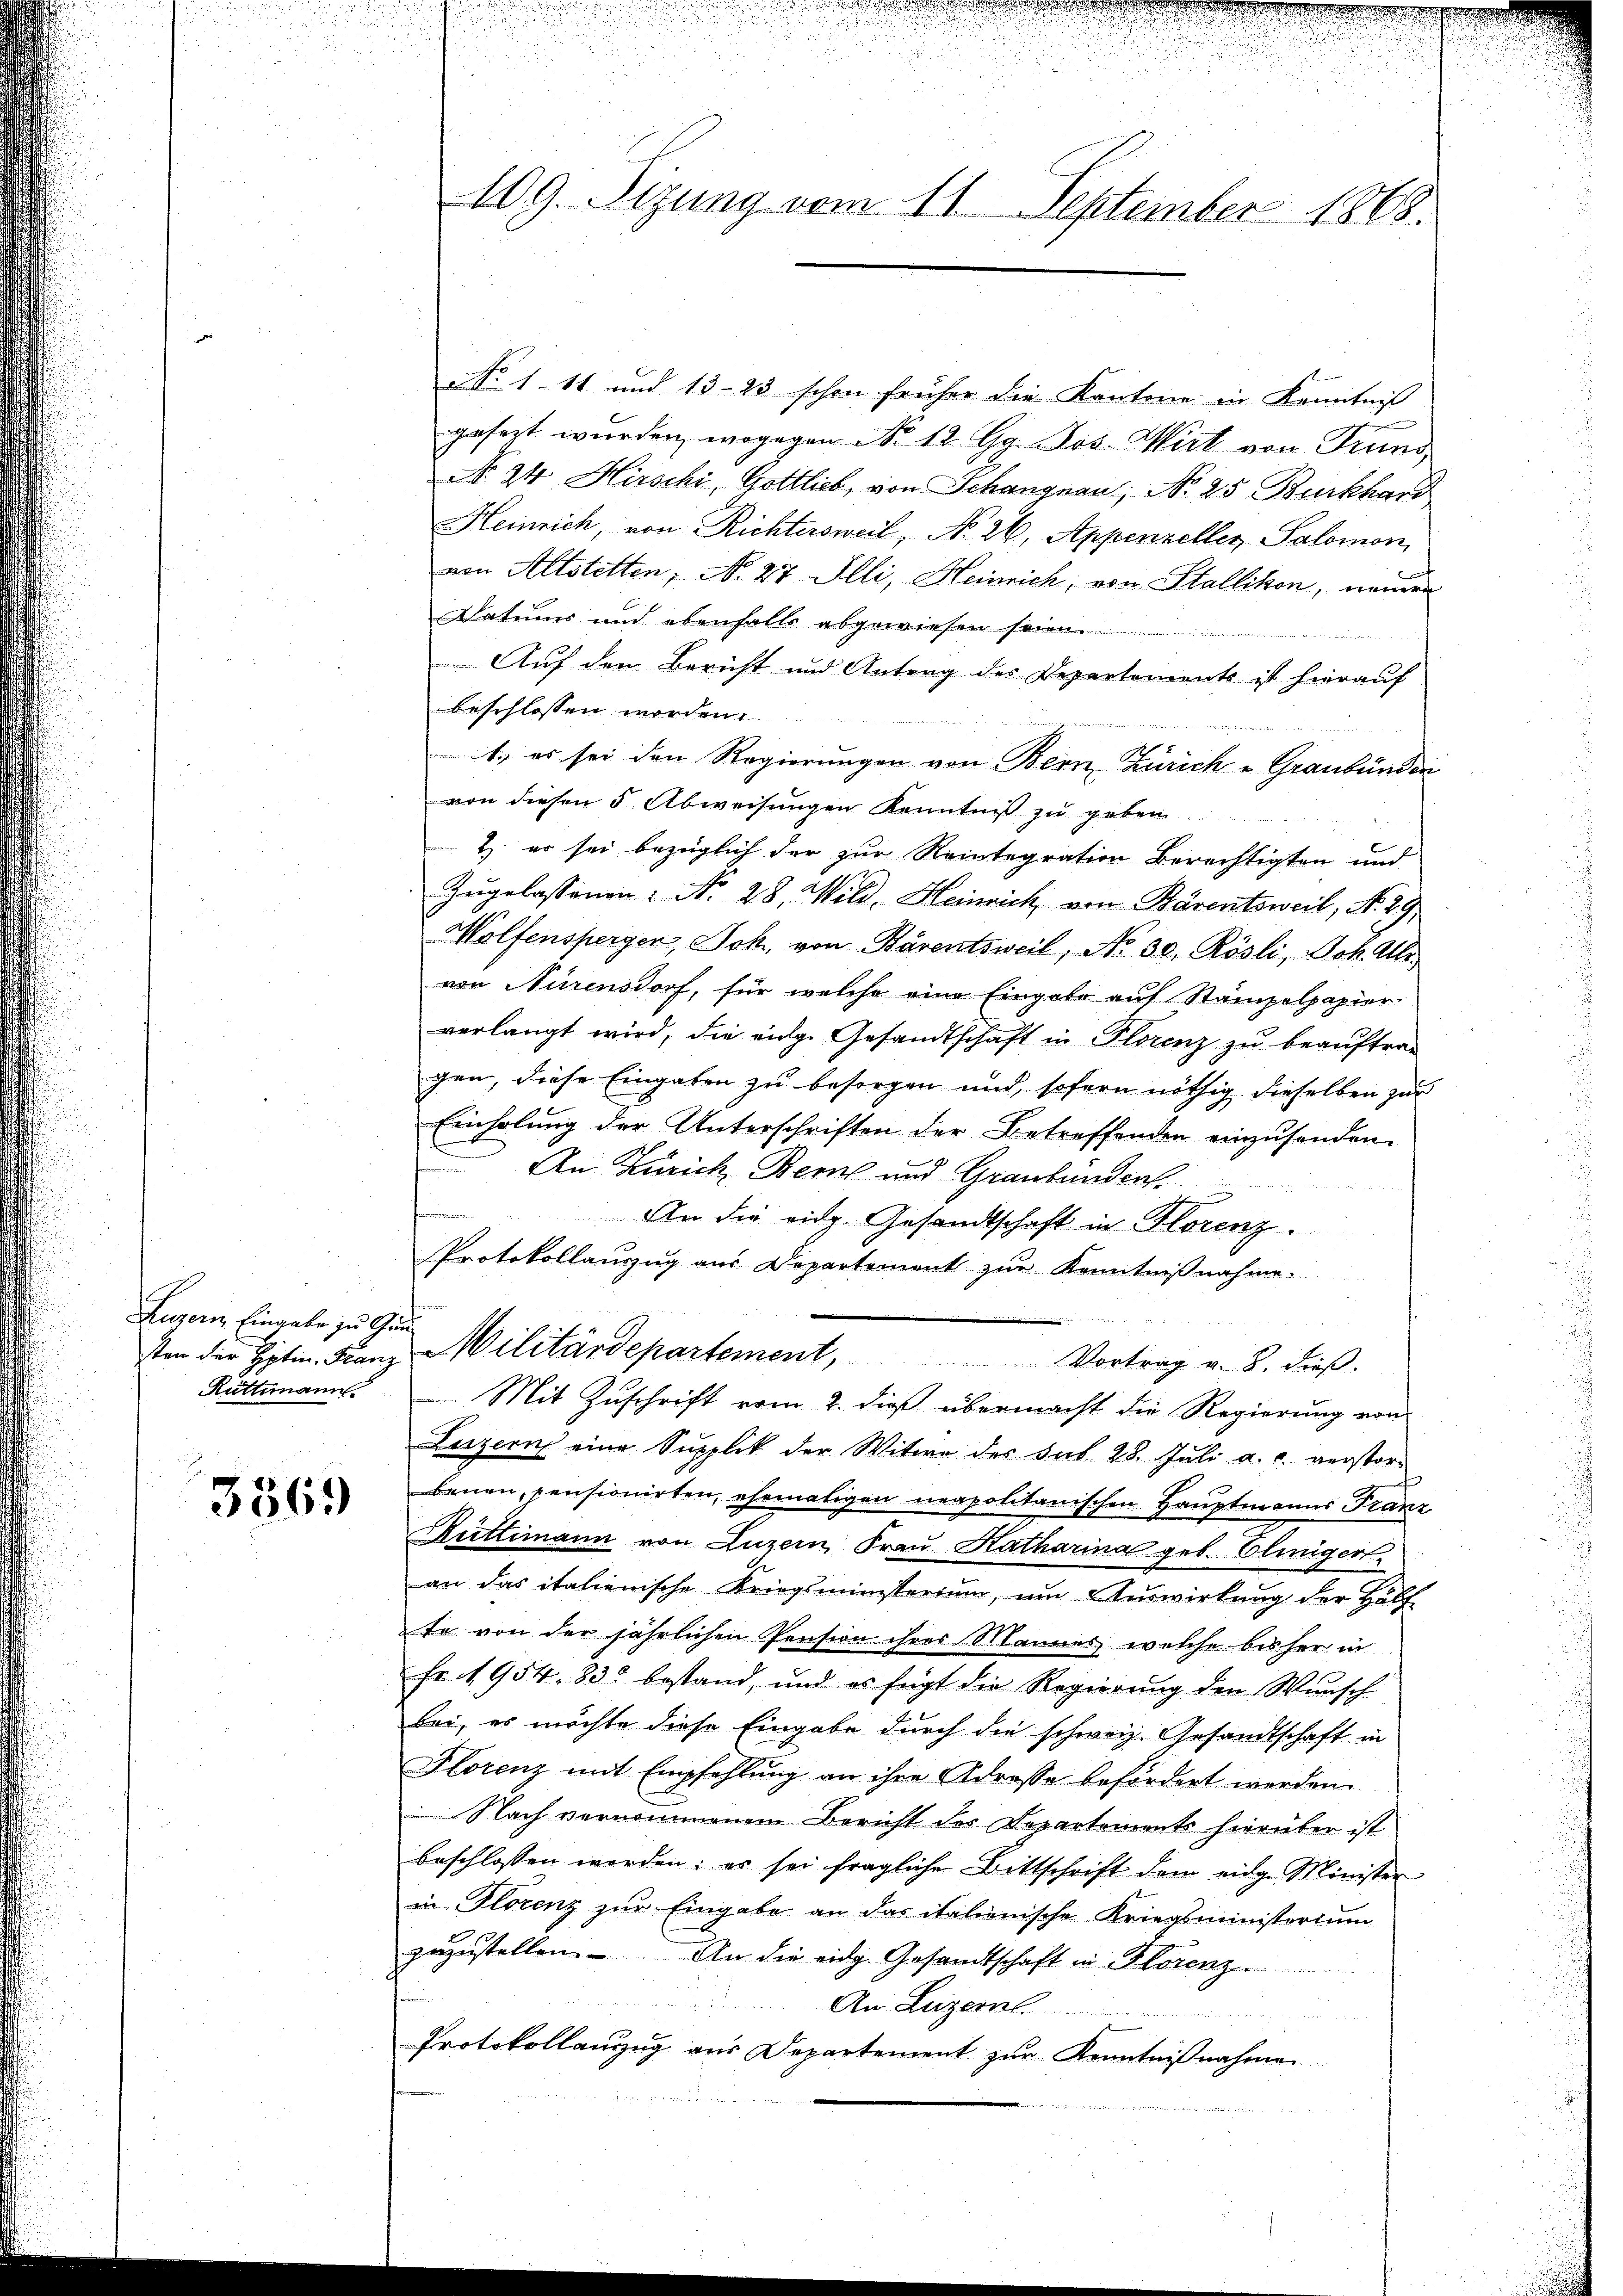
Luzern Eingabe zu Gun
Rüttimann.

3569

No 1. 11 und 13-23 schon früher die Kantone in Kenntniß
gesezt wurden, wogegen No 12. Gg. Jos. Wirt von Grund
No. 24 Hirschi, Gottlieb, von Schangnau, No 25 Burkhard
Heinrich, von Richtersweil, No. 26, Appenzeller Salomon,
von Altstetten, N. 27 Illi, Heinrich, von Stallikon, neuern
Datums und ebenfalls abgewiesen seien.
Auf den Bericht und Antrag des Departements ist hierauf
beschlossen worden.
1., es sei den Regierungen von Bern, Zürich - Graubünden
von diesen 5 Abweisungen Kenntniß zu geben.
Z. er sei bezüglich der zur Reintegration berechtigten und
Zugelassenen: No 28. Wild, Heinrich von Bärentsweil, N. 29.
Wolfensperger, Joh. von Bärentsweil, No 30. Rösli, Joh. Als
von Nürensdorf, für welche eine Eingabe auf Stampelpapier
verlangt wird, die eige Gesandtschaft in Florenz zu beauftrag
gen, diese Eingaben zu besorgen und, sofern nöthig dieselben zur
Einholung der Unterschriften der Betreffenden einzusenden.
2
An Zürich, Bern und Graubünden
An die eidg. Gesandtschaft in Florenz.
Protokollauszug aus Departement zur Kenntnißnahme.
sten der Hptm. Franz Militärdepartement, Vortrag v. 8. dieβ.
 Mit Zuschrift vom 2. dieß übermacht die Regierung von
Luzern eine Supplik der Witwe des sub 28. Juli a. c. verstor-
benen, pensionirten, ehemaligen neapolitanischen Hauptmanns Franz
Rüttimann von Luzern, Frau Katharina geb. Eliniger
an das italienische Kriegsministerium, um Auswirkung der Hälf
te von der jährlichen Pension ihres Mannes, welche bisher in
Fr. 1954. 83. bestand, und es fügt die Regierung den Wŭnsch
bei, es möchte diese Eingabe durch die schweiz. Gesandtschaft in
Florenz mit Empfehlung an ihre Adresse befördert werden.
Nach vernommenen Bericht der Departements hierüber ist
beschlossen worden; es sei fragliche Bittschrift dem eidge Minister
in Florenz zŭr Eingabe an das italienische Kriegsministerium
zuzustellen. An die eidg. Gesandtschaft in Florenz
An Luzern.
Protokollauszug aus Departement zur Kenntnißnahmen

109. Sizung vom 11. September 1868.